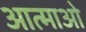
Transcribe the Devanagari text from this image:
आत्माओ